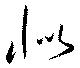
似